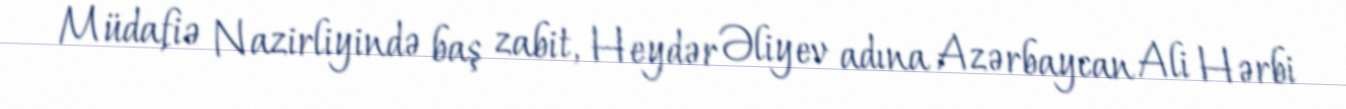
Müdafiə Nazirliyində baş zabit, Heydər Əliyev adına Azərbaycan Ali Hərbi